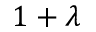
1 + \lambda